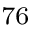
_ { 7 6 }